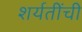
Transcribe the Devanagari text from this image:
शर्यतींची